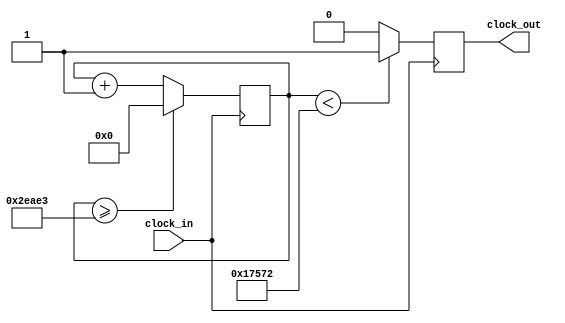
`timescale 1ns / 1ps
//////////////////////////////////////////////////////////////////////////////////
// Company: 
// Engineer: 
// 
// Design Name: 
// Module Name:    do2 
// Project Name: 
// Target Devices: 
// Tool versions: 
// Description: 
//
// Dependencies: 
//
// Revision: 
// Revision 0.01 - File Created
// Additional Comments: 
//
//////////////////////////////////////////////////////////////////////////////////
module do2 (input clock_in, output reg clock_out);

reg [27:0]  counter = 28'd0;
parameter DIVISOR = 28'd191204;
always @(posedge clock_in)
begin
counter <= counter + 28'd1;
if (counter >=(DIVISOR-1))
counter <= 28'd0;
clock_out <= (counter<DIVISOR/2)?1'b1:1'b0;

end

endmodule